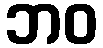
ဘဝ